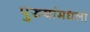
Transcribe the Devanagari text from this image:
पुरुषांमधला